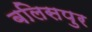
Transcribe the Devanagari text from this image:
बलिसपुर